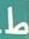
ط